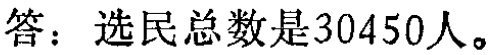
答：选民总数是30450人。